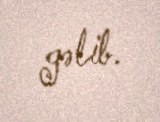
gəlib.